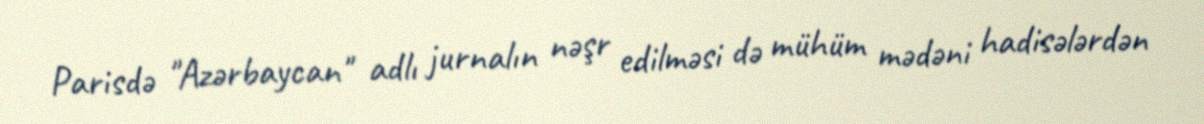
Parisdə "Azərbaycan" adlı jurnalın nəşr edilməsi də mühüm mədəni hadisələrdən